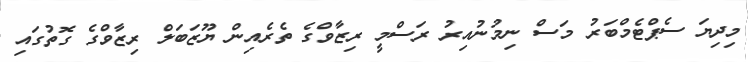
މިދިޔަ ސެޕްޓެމްބަރު މަސް ނިމުނުއިރު ރަސްމީ ރިޒާވްގެ ތެރެއިން ޔޫޒަބަލް ރިޒާވްގެ ގޮތުގައި